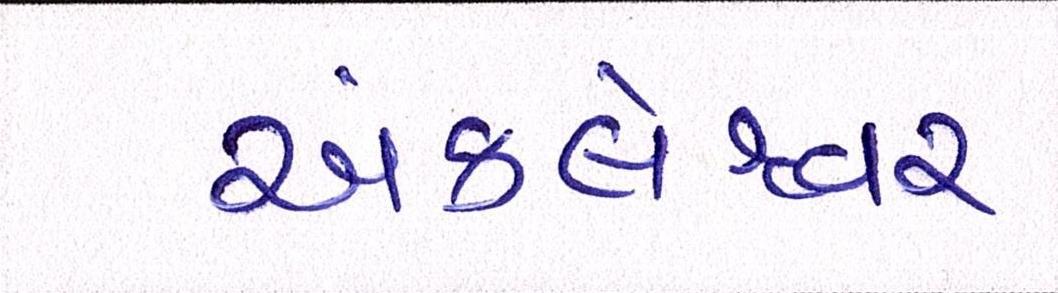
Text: અંકલેશ્વર